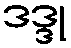
ဒဒ္ဒု